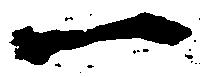
一